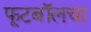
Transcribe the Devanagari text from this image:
फूटबॉलचा